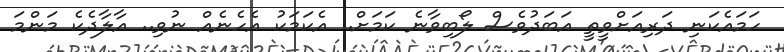
ހަމައެކަނި ދަރިއަށްވީތީ އަބަދުވެސް ލޯބިވާނެ ކަމަށް.. އެކަމަކު އެހެނެއް ނުވި.. އާލާދެކެ މަންމަ